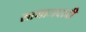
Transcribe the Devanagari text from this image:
सामाजवादी